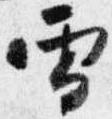
雪